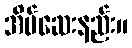
အိပ်ဆေးနည်း။